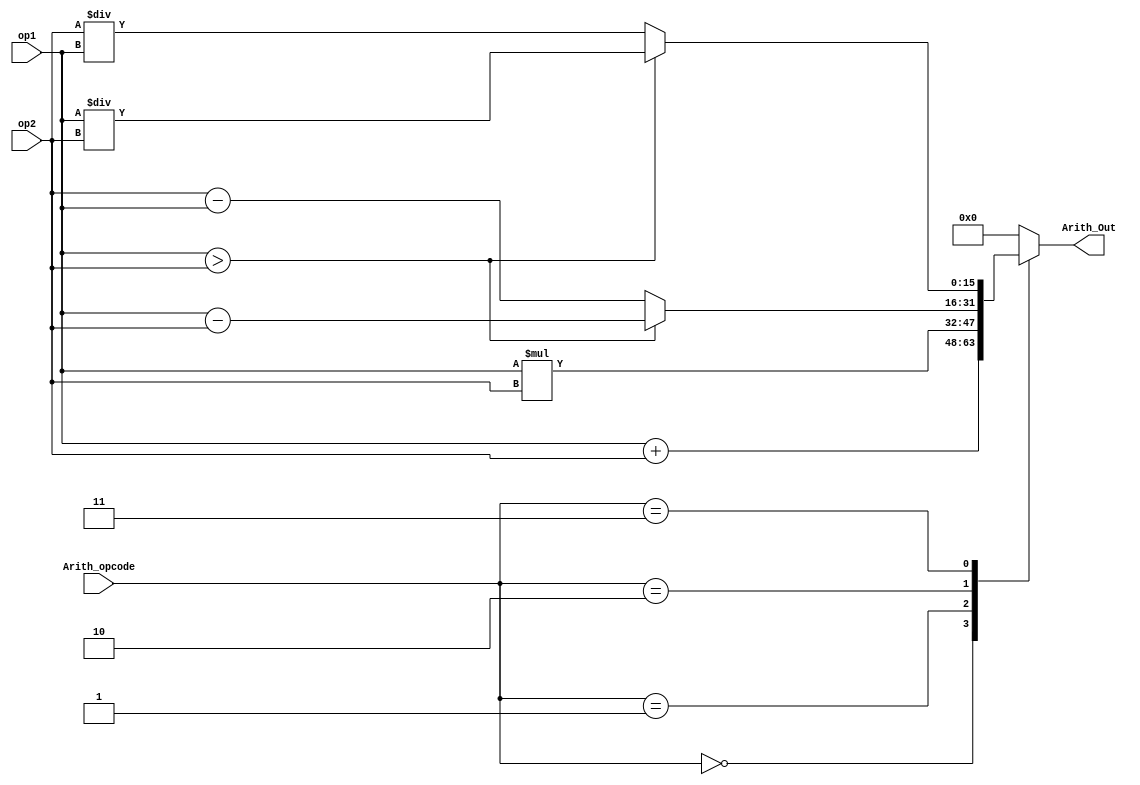
module Arith(Arith_opcode, Arith_Out, op1, op2); //to process arithmetric operation

input [3:0] Arith_opcode;
input [15:0] op1;
input [15:0] op2;
output reg [15:0] Arith_Out;

always@(op1, op2, Arith_opcode) begin
    
    case(Arith_opcode)

    4'b0000: Arith_Out = op1 + op2; //ADD
    4'b0001: Arith_Out = op1 * op2; //MUL
    4'b0010: if(op1 > op2) begin //SUB
        Arith_Out = op1 - op2;
        end
        else begin
            Arith_Out = op2 - op1;
        end
    4'b0011: if (op1>op2) begin //DIV
        Arith_Out = op1/op2;
        end
        else begin
        Arith_Out = op2/op1;
        end
    default Arith_Out = 3'b000;
    endcase
end
endmodule